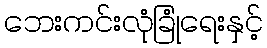
ဘေးကင်းလုံခြုံရေးနှင့်